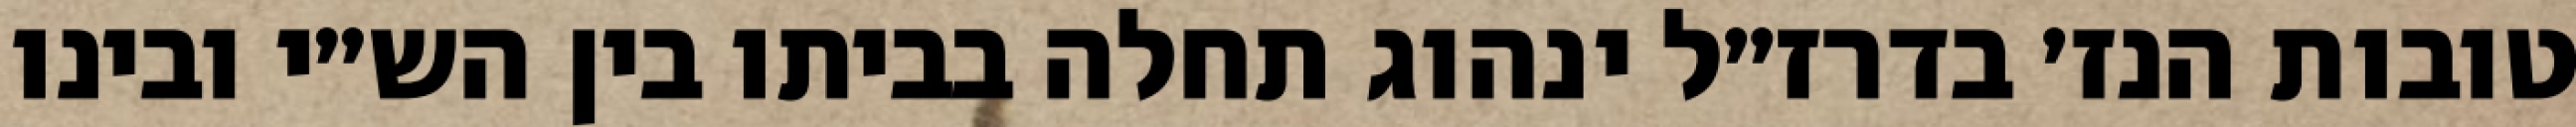
טובות הנז׳ בדרז״ל ינהוג תחלה בביתו בין הש״י ובינו